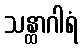
သန္ထာဂါရံ